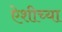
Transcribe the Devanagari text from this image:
ऐशीच्या